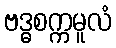
ဗဒ္ဓစက္ကမူလံ